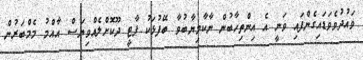
ވައުދުވެވަޑައިގެންފައި ވަނީ އެ އިންތިހާބުން ނާކާމިޔާބުވާ ބޭފުޅަކު ޕާޓީ ދޫކޮށްލެއްވިޔަސް އާއްމު މެމްބަރުން